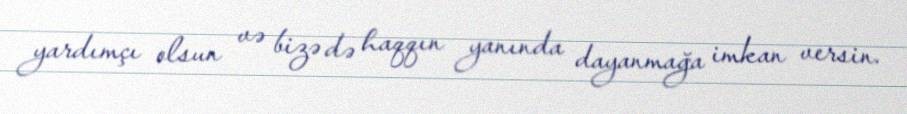
yardımçı olsun və bizə də haqqın yanında dayanmağa imkan versin.